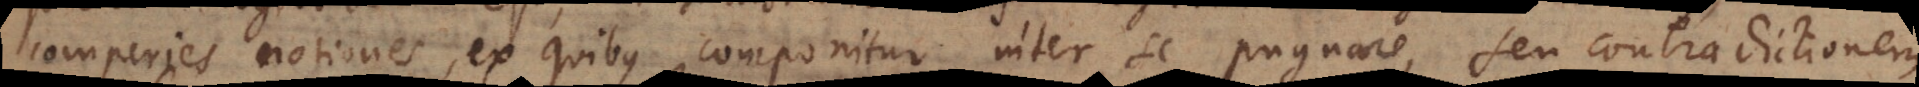
comperies notiones, ex quibus componitur inter se pugnare, seu contradictionem